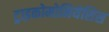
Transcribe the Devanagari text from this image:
ट्राइकोमोनियेसिस